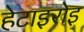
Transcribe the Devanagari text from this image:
हेटाइरोइ